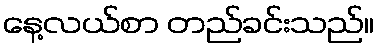
နေ့လယ်စာ တည်ခင်းသည်။